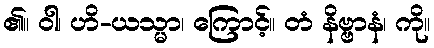
၏။ ဝါ၊ ဟိ-ယသ္မာ၊ ကြောင့်။ တံ နိဗ္ဗာနံ၊ ကို။